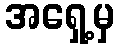
အရှေ့မှ